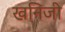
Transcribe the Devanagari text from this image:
खनिजी